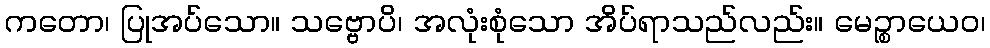
ကတော၊ ပြုအပ်သော။ သဗ္ဗောပိ၊ အလုံးစုံသော အိပ်ရာသည်လည်း။ မေဉ္စာယေဝ၊